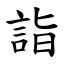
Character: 詣